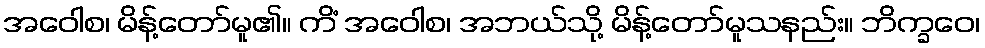
အဝေါစ၊ မိန့်တော်မူ၏။ ကိံ အဝေါစ၊ အဘယ်သို့ မိန့်တော်မူသနည်း။ ဘိက္ခဝေ၊